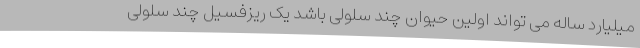
میلیارد ساله می تواند اولین حیوان چند سلولی باشد یک ریزفسیل چند سلولی